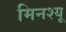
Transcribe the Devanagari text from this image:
मिनश्यू